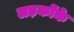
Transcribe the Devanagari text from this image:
लड़कोंके